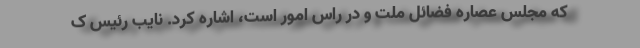
که مجلس عصاره فضائل ملت و در راس امور است، اشاره کرد. نایب رئیس ک